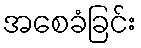
အစေခံခြင်း